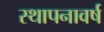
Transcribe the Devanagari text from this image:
स्थापनावर्ष